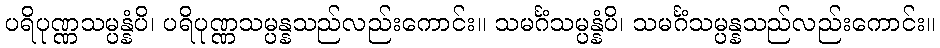
ပရိပုဏ္ဏသမ္ပန္နံပိ၊ ပရိပုဏ္ဏသမ္ပန္နသည်လည်းကောင်း။ သမင်္ဂံသမ္ပန္နံပိ၊ သမင်္ဂံသမ္ပန္နသည်လည်းကောင်း။